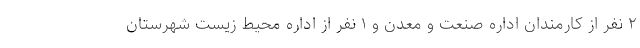
۲ نفر از کارمندان اداره صنعت و معدن و ۱ نفر از اداره محیط زیست شهرستان